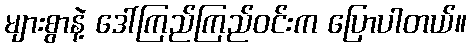
များစွာနဲ့ ဒေါ်ကြည်ကြည်ဝင်းက ပြောပါတယ်။